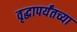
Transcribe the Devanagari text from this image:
वृद्धापर्यंतच्या